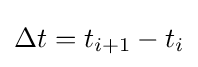
\Delta t=t_{i+1}-t_{i}